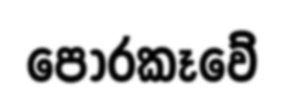
පොරකෑවේ